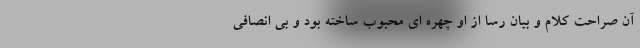
آن صراحت کلام و بیان رسا از او چهره ای محبوب ساخته بود و بی انصافی